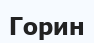
Горин